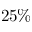
2 5 \%